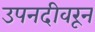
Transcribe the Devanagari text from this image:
उपनदीवरून